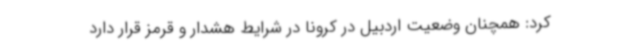
کرد: همچنان وضعیت اردبیل در کرونا در شرایط هشدار و قرمز قرار دارد